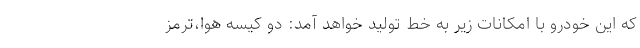
که این خودرو با امکانات زیر به خط تولید خواهد آمد: دو کیسه هوا،ترمز